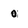
Character: 0